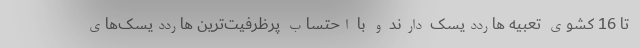
تا 16 کشوی تعبیه هارددیسک دارند و با احتساب پرظرفیت‌ترین هارددیسک‌های